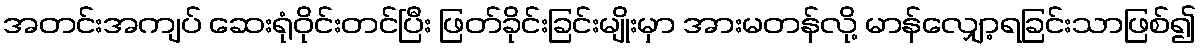
အတင်းအကျပ် ဆေးရုံဝိုင်းတင်ပြီး ဖြတ်ခိုင်းခြင်းမျိုးမှာ အားမတန်လို့ မာန်လျှော့ရခြင်းသာဖြစ်၍